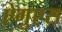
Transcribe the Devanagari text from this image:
ऐगुएस